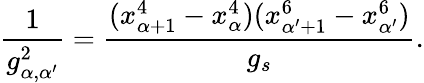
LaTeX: \frac{1}{g_{\alpha,\alpha^{\prime}}^{2}}=\frac{(x_{\alpha+1}^{4}-x_{\alpha}^{4})(x_{\alpha^{\prime}+1}^{6}-x_{\alpha^{\prime}}^{6})}{g_{s}}.